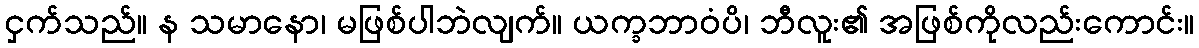
ငှက်သည်။ န သမာနော၊ မဖြစ်ပါဘဲလျက်။ ယက္ခဘာဝံပိ၊ ဘီလူး၏ အဖြစ်ကိုလည်းကောင်း။